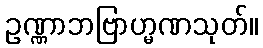
ဥဏ္ဏာဘဗြာဟ္မဏသုတ်။